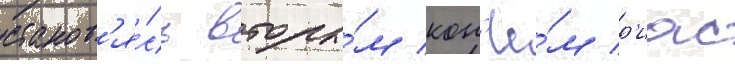
станов'я́сь вторы́м кон'ё́м р'иас